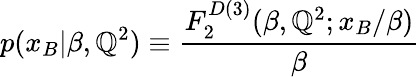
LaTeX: p(x_{B}|\beta,\mathbb{Q}^{2})\equiv{\frac{{F_{2}^{D(3)}(\beta,\mathbb{Q}^{2};x_{B}/\beta)}}{{\beta}}}